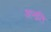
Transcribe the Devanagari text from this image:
अनति